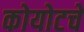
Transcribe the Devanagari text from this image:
कोयोटचे